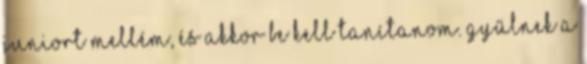
juniort mellém, és akkor be kell tanítanom. gyűlnek a